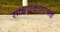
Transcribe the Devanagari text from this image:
साक्षात्कारात्मक